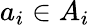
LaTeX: a_{i}\in A_{i}